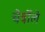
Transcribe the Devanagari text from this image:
चेर्वोले